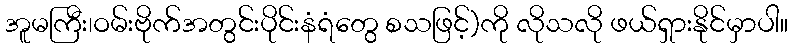
အူမကြီး၊ဝမ်းဗိုက်အတွင်းပိုင်းနံရံတွေ စသဖြင့်)ကို လိုသလို ဖယ်ရှားနိုင်မှာပါ။